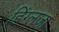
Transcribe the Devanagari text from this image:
हिंग्लजा